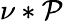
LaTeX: \nu\ast\mathcal{P}